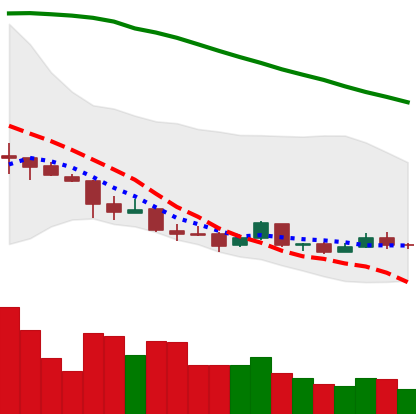
Ticker: ETC-USD
Chart end date: 2018-04-10
Forward return: 22.703%
Label: up_7plus